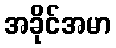
အခိုင်အမာ